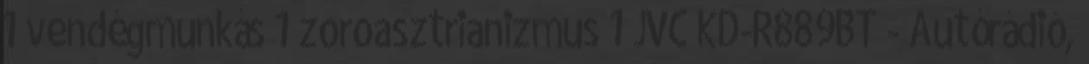
1 vendégmunkás 1 zoroasztrianizmus 1 JVC KD-R889BT - Autórádió,